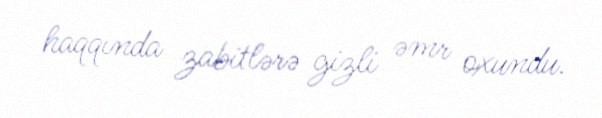
haqqında zabitlərə gizli əmr oxundu.